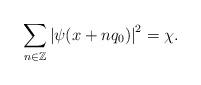
LaTeX: \begin{align*}\sum_{n\in \mathbb{Z}}\left|\psi(x+nq_0) \right|^2=\chi .\end{align*}